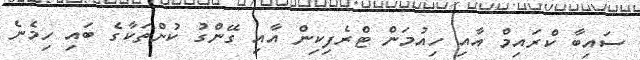
ސައިބާ ކްރައިމް އާއި ހިއުމަން ޓްރެފިކިން އާއި ގޭންގު ކުށްތަކާގެ ބައި ހިމެނެ